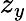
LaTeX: z_{y}